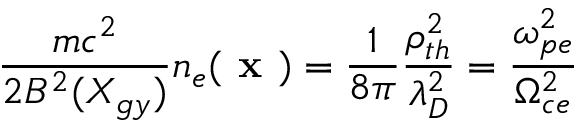
\frac { m c ^ { 2 } } { 2 B ^ { 2 } ( X _ { g y } ) } n _ { e } ( \textbf { x } ) = \frac { 1 } { 8 \pi } \frac { \rho _ { t h } ^ { 2 } } { \lambda _ { D } ^ { 2 } } = \frac { \omega _ { p e } ^ { 2 } } { \Omega _ { c e } ^ { 2 } }